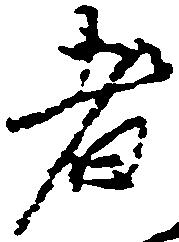
者